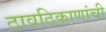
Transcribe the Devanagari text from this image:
ठावठिकाणांची